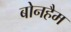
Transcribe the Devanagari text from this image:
बोनहैम